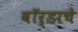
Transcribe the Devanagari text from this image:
वॉर्डाचे